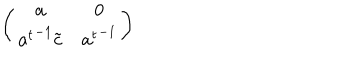
LaTeX: \left( \begin{matrix} { { { \bf a } } } & { { { 0 } } } \\ { { { { \bf a } ^ { t } } ^ { - 1 } { \tilde { \bf c } } } } & { { { { \bf a } ^ { t } } ^ { - 1 } } } \\ \end{matrix} \right)